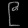
Digit: ၉